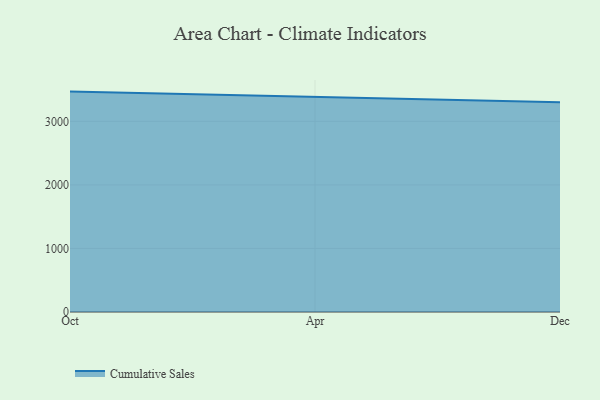
{"axis": {"x": "Month", "y": "Page Views"}, "legend": ["Cumulative Sales"], "data": [{"x": "Oct", "y": 3468.0, "type": "Cumulative Sales"}, {"x": "Apr", "y": 3389.1, "type": "Cumulative Sales"}, {"x": "Dec", "y": 3300.2, "type": "Cumulative Sales"}]}